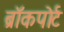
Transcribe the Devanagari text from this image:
ब्रॉकपोर्ट